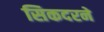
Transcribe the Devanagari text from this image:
सिकदरने